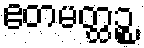
ဧတမတ္ထဉ္စ